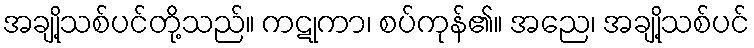
အချို့သစ်ပင်တို့သည်။ ကဋုကာ၊ စပ်ကုန်၏။ အညေ၊ အချို့သစ်ပင်